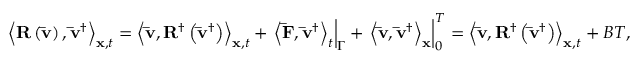
{ \left\langle { { \bf { R } } \left( { { \bf { \bar { v } } } } \right) , { { { \bf { \bar { v } } } } ^ { \dag } } } \right\rangle _ { { \bf { x } } , t } } = { \left\langle { { \bf { \bar { v } } } , { { \bf { R } } ^ { \dag } } \left( { { { { \bf { \bar { v } } } } ^ { \dag } } } \right) } \right\rangle _ { { \bf { x } } , t } } + { \left. { { { \left\langle { { \bf { \bar { F } } } , { { { \bf { \bar { v } } } } ^ { \dag } } } \right\rangle } _ { t } } } \right| _ { \Gamma } } + \left. { { { \left\langle { { \bf { \bar { v } } } , { { { \bf { \bar { v } } } } ^ { \dag } } } \right\rangle } _ { \bf { x } } } } \right| _ { 0 } ^ { T } = { \left\langle { { \bf { \bar { v } } } , { { \bf { R } } ^ { \dag } } \left( { { { { \bf { \bar { v } } } } ^ { \dag } } } \right) } \right\rangle _ { { \bf { x } } , t } } + B T ,